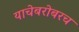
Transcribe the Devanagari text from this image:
याचेबरोबरच